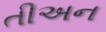
તીઅન